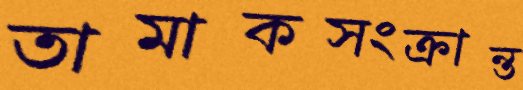
তামাকসংক্রান্ত